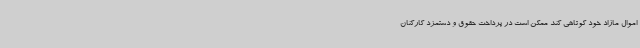
اموال مازاد خود کوتاهی کند ممکن است در پرداخت حقوق و دستمزد کارکنان